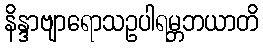
နိန္ဒာဗျာရောသဥပါရမ္ဘဘယာတိ